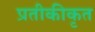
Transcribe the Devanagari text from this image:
प्रतीकीकृत